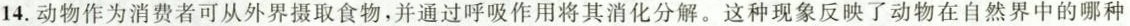
14. 动物作为消费者可从外界摄取食物，并通过呼吸作用将其消化分解。这种现象反映了动物在自然界中的哪种